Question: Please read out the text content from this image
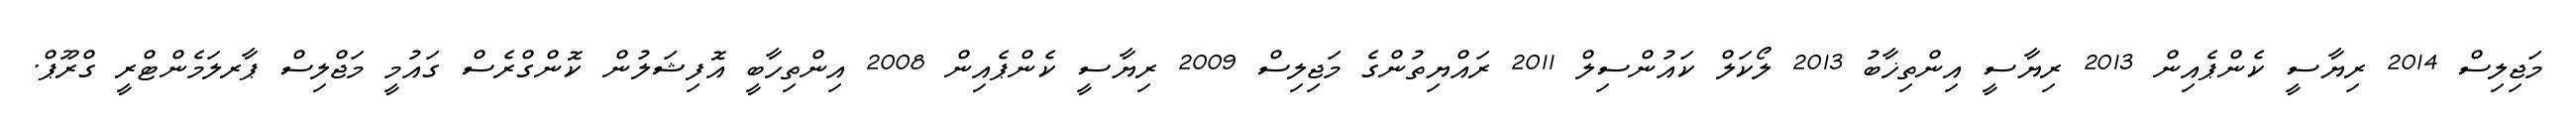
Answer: މަޖިލިސް 2014 ރިޔާސީ ކެންޕެއިން 2013 ރިޔާސީ އިންތިޚާބު 2013 ލޯކަލް ކައުންސިލް 2011 ރައްޔިތުންގެ މަޖިލިސް 2009 ރިޔާސީ ކެންޕެއިން 2008 އިންތިހާބީ އޮފިޝަލުން ކޮންގްރެސް ގައުމީ މަޖްލިސް ޕާރލަމެންޓްރީ ގްރޫޕް.